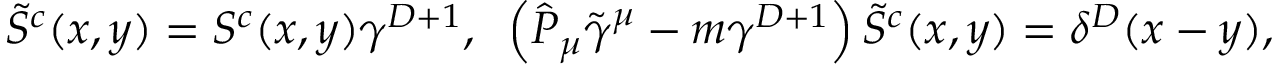
\tilde { S } ^ { c } ( x , y ) = S ^ { c } ( x , y ) \gamma ^ { D + 1 } , \; \; \left( \hat { { \cal P } } _ { \mu } \tilde { \gamma } ^ { \mu } - m \gamma ^ { D + 1 } \right) \tilde { S } ^ { c } ( x , y ) = \delta ^ { D } ( x - y ) ,